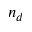
n _ { d }